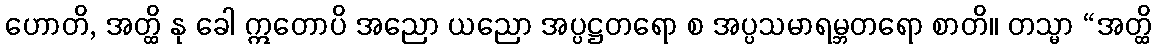
ဟောတိ, အတ္ထိ နု ခေါ ဣတောပိ အညော ယညော အပ္ပဋ္ဌတရော စ အပ္ပသမာရမ္ဘတရော စာတိ။ တသ္မာ “အတ္ထိ